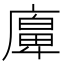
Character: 𢊵